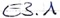
Text: E3.1